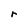
Character: r